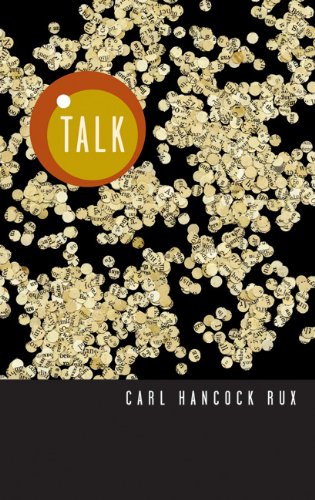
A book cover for Talk; Carl Hancock Rux; Literature & Fiction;